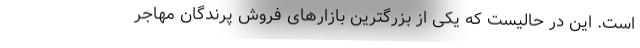
است. این در حالیست که یکی از بزرگترین بازارهای فروش پرندگان مهاجر